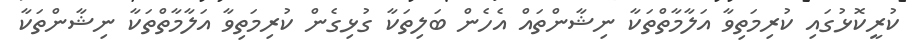
ކުރީކޮޅުގައި ކުރިމަތިވާ އަލާމާތްތަކާ ނިޝާންތައް އެހެން ބަލިތަކާ ގުޅިގެން ކުރިމަތިވާ އަލާމާތްތަކާ ނިޝާންތަކާ